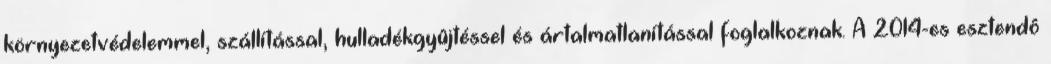
környezetvédelemmel, szállítással, hulladékgyûjtéssel és ártalmatlanítással foglalkoznak. A 2014-es esztendô